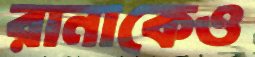
রানাকেও